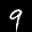
Label: 9